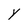
Character: y